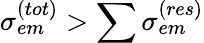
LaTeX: \sigma_{em}^{(tot)}>\sum\sigma_{em}^{(res)}